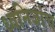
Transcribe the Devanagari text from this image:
ध्वनिजांच